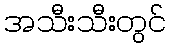
အသီးသီးတွင်